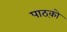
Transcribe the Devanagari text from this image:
पाठ्को